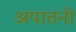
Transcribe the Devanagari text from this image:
अपातनी